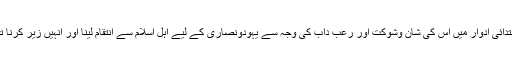
اسلام کے ابتدائی ادوار میں اس کی شان وشوکت اور رعب داب کی وجہ سے یہودونصاری کے لیے اہل اسلام سے انتقام لینا اور انہیں زیر کرنا تو محال تھا۔